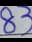
8 3